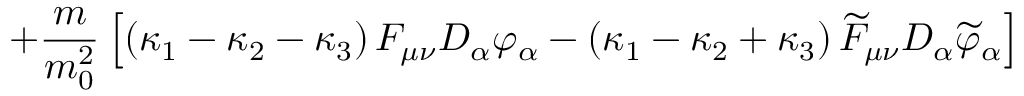
+ \frac { m } { m _ { 0 } ^ { 2 } } \left[ \left( \kappa _ { 1 } - \kappa _ { 2 } - \kappa _ { 3 } \right) { \cal F } _ { \mu \nu } D _ { \alpha } \varphi _ { \alpha } - \left( \kappa _ { 1 } - \kappa _ { 2 } + \kappa _ { 3 } \right) \widetilde { { \cal F } } _ { \mu \nu } D _ { \alpha } \widetilde { \varphi } _ { \alpha } \right]